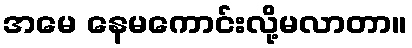
အမေ နေမကောင်းလို့မလာတာ။